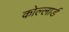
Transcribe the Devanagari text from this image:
कोल्लार्ड